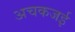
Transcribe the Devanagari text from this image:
अचकजई